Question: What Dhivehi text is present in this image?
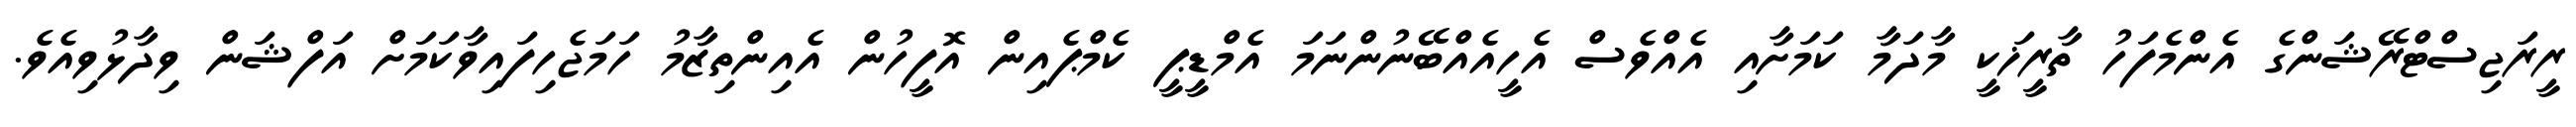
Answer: ރީރަޖިސްޓްރޭޝަންގެ އެންމެފަހު ތާރީޚަކީ މާދަމާ ކަމަށާއި އެއްވެސް އެހީއެއްބޭނުންނަމަ އެމްޑީޕީ ކެމްޕެއިން އޮފީހުން އެއިންތިޒާމު ހަމަޖެހިފައިވާކަމަށް އަފްޝަން ވިދާޅުވިއެވެ.